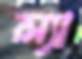
ল্যা